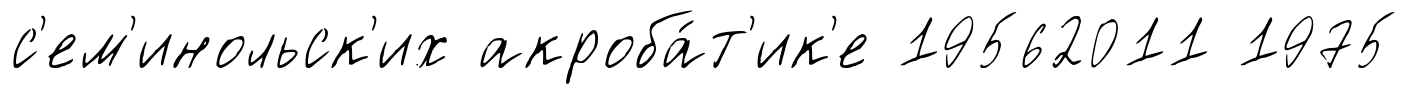
с'ем'инольск'их акроба́т'ик'е 19562011 1975